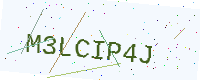
Text: M3LCIP4J